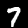
Digit: 7